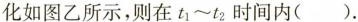
化如图乙所示，则在t_{1}~t_{2}时间内().